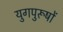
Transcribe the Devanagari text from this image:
युगपुरूषों